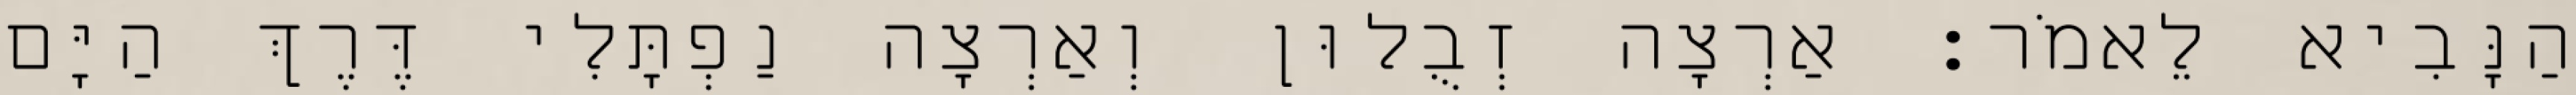
הַנָּבִיא לֵאמֹר׃ אַרְצָה זְבֻלוּן וְאַרְצָה נַפְתָּלִי דֶּרֶךְ הַיָּם